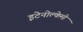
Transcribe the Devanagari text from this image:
इटेनोल्केमी